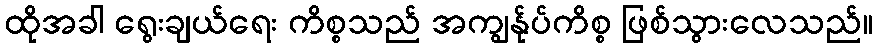
ထိုအခါ ရွေးချယ်ရေး ကိစ္စသည် အကျွန်ုပ်ကိစ္စ ဖြစ်သွားလေသည်။